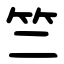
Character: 竺